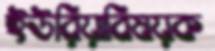
ইউরিয়াবিষয়ক